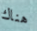
هناك